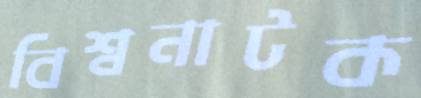
বিশ্বনাটক